Annual statistical returns and brief notes on vaccination in Bengal - 1909-1929
Year: 1909
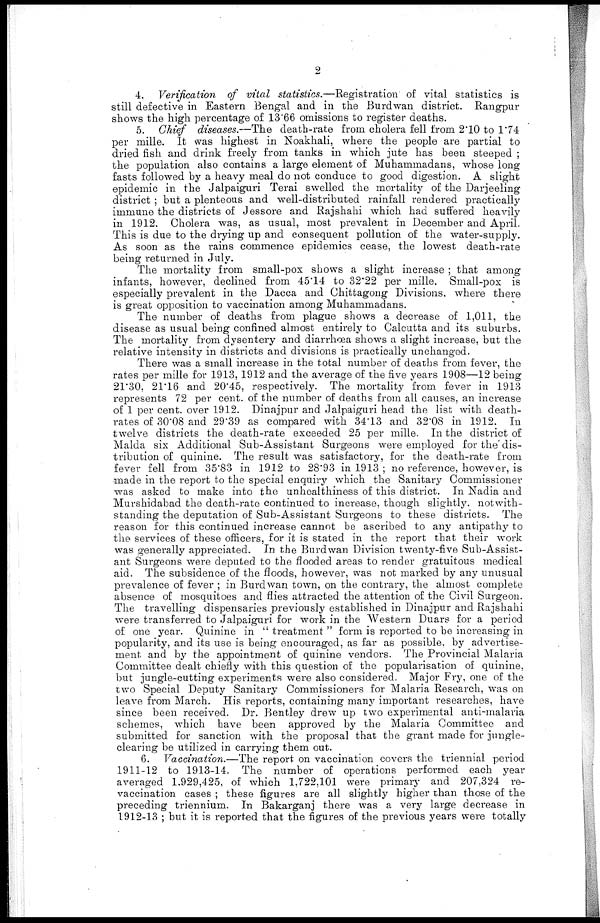
2
4. Verification of vital statistics.—Registration of vital statistics is
still defective in Eastern Bengal and in the Burdwan district. Rangpur
shows the high percentage of 13.66 omissions to register deaths.
5. Chief diseases.—The death-rate from cholera fell from 2.10 to 1.74
per mille. It was highest in Noakhali, where the people are partial to
dried fish and drink freely from tanks in which jute has been steeped ;
the population also contains a large element of Muhammadans, whose long
fasts followed by a heavy meal do not conduce to good digestion. A slight
epidemic in the Jalpaiguri Terai swelled the mortality of the Darjeeling
district ; but a plenteous and well-distributed rainfall rendered practically
immune the districts of Jessore and Rajshahi which had suffered heavily
in 1912. Cholera was, as usual, most prevalent in December and April.
This is due to the drying up and consequent pollution of the water-supply.
As soon as the rains commence epidemics cease, the lowest death-rate
being returned in July.
The mortality from small-pox shows a slight increase ; that among
infants, however, declined from 45.14 to 32.22 per mille. Small-pox is
especially prevalent in the Dacca and Chittagong Divisions. where there
is great opposition to vaccination among Muhammadans.
The number of deaths from plague shows a decrease of 1,011, the
disease as usual being confined almost entirely to Calcutta and its suburbs.
The mortality from dysentery and diarrhœa shows a slight increase, but the
relative intensity in districts and divisions is practically unchanged.
There was a small increase in the total number of deaths from fever, the
rates per mille for 1913, 1912 and the average of the five years 1908—12 being
21.30, 21.16 and 20.45, respectively. The mortality from fever in 1913
represents 72 per cent. of the number of deaths from all causes, an increase
of 1 per cent. over 1912. Dinajpur and Jalpaiguri head the list with death.
rates of 30.08 and 29.39 as compared with 34.13 and 32.08 in 1912. In
twelve districts the death-rate exceeded 25 per mille. In the district of
Malda six Additional Sub-Assistant Surgeons were employed for the dis-
tribution of quinine. The result was satisfactory, for the death-rate from
fever fell from 35.83 in 1912 to 28.93 in 1913 ; no reference, however, is
was asked to make into the unhealthiness of this district. In Nadia and
Murshidabad the death-rate continued to increase, though slightly, notwith-
standing the deputation of Sub-Assistant Surgeons to these districts. The
reason for this continued increase cannot be ascribed to any antipathy to
the services of these officers, for it is stated in the report that their work
was generally appreciated. In the Burdwan Division twenty-five Sub-Assist-
ant Surgeons were deputed to the flooded areas to render gratuitous medical
aid. The subsidence of the floods, however, was not marked by any unusual
prevalence of fever ; in Burdwan town, on the contrary, the almost complete
absence of mosquitoes and flies attracted the attention of the Civil Surgeon.
The travelling dispensaries previously established in Dinajpur and Rajshahi
were transferred to Jalpaiguri for work in the Western Duars for a period
of one year. Quinine in " treatment " form is reported to be increasing in
popularity, and its use is being encouraged, as far as possible, by advertise-
ment and by the appointment of quinine vendors. The Provincial Malaria
Committee dealt chiefly with this question of the popularisation of quinine,
but jungle-cutting experiments were also considered. Major Fry, one of the
two Special Deputy Sanitary Commissioners for Malaria Research, was on
leave from March. His reports, containing many important researches, have
since been received. Dr. Bentley drew up two experimental anti-malaria
schemes, which have been approved by the Malaria Committee and
submitted for sanction with the proposal that the grant made for jungle-
clearing be utilized in carrying them out.
6. Vaccination.—The report on vaccination covers the triennial period
1911-12 to 1913-14. The number of operations performed each year
averaged 1,929,425, of which 1,722,101 were primary and 207,324 re-
vaccination cases ; these figures are all slightly higher than those of the
preceding triennium. In Bakarganj there was a very large decrease in
1912-13 ; but it is reported that the figures of the previous years were totally